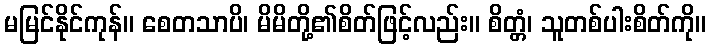
မမြင်နိုင်ကုန်။ စေတသာပိ၊ မိမိတို့၏စိတ်ဖြင့်လည်း။ စိတ္တံ၊ သူတစ်ပါးစိတ်ကို။